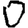
Digit: 0